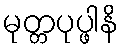
မုတ္တပုပ္ဖါနိ